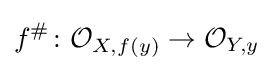
f^{\#}\colon {\mathcal {O}}_{X,f(y)}\to {\mathcal {O}}_{Y,y}